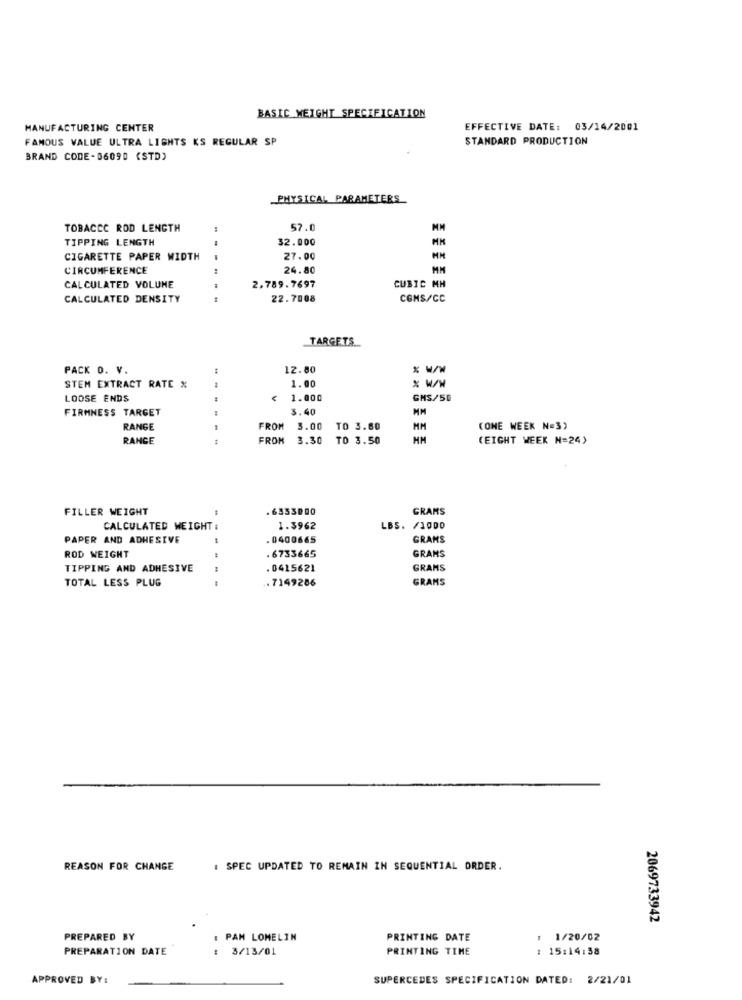
BASIC WEIGHT SPECIFICATION
MANUFACTURING CENTER
EFFECTIVE DATE: 03/14/2001
FAMOUS VALUE ULTRA LIGHTS KS REGULAR SP
STANDARD PRODUCTION
BRAND CODE-06090 (STD)
PHYSICAL PARAMETERS
TOBACCO ROD LENGTH
57.0
MM
TIPPING LENGTH
32.000
CIGARETTE PAPER WIDTH
27.00
CIRCUMFERENCE
24.80
MM
CALCULATED VOLUME
2,789.7697
CUBIC MH
CALCULATED DENSITY
22.7008
CGMS/CC
TARGETS
PACK O. V.
12. 80
1.00
STEM EXTRACT RATE %
% W/W
LOOSE ENDS
1.000
GMS/50
FIRMNESS TARGET
3.40
MM
RANGE
FROM
3.00
TO 3.60
MM
(ONE WEEK N=3)
RANGE
.. .
FROM
3.30 TO 3.50
HM
(EIGHT WEEK N=24)
FILLER WEIGHT
. 6333000
GRAMS
CALCULATED WEIGHT :
1.3962
LBS. /1000
PAPER AND ADHESIVE
0400665
GRAMS
ROD WEIGHT
.6733665
GRAMS
TIPPING AND ADHESIVE
. 0415621
GRAMS
TOTAL LESS PLUG
.7149286
GRAMS
REASON FOR CHANGE
: SPEC UPDATED TO REMAIN IN SEQUENTIAL ORDER.
2069733942
PREPARED BY
: PAM LOMELIN
PRINTING DATE
: 1/20/02
PREPARATION DATE
: 3/13/01
PRINTING TIME
15:14:38
APPROVED BY:
SUPERCEDES SPECIFICATION DATED: 2/21/01